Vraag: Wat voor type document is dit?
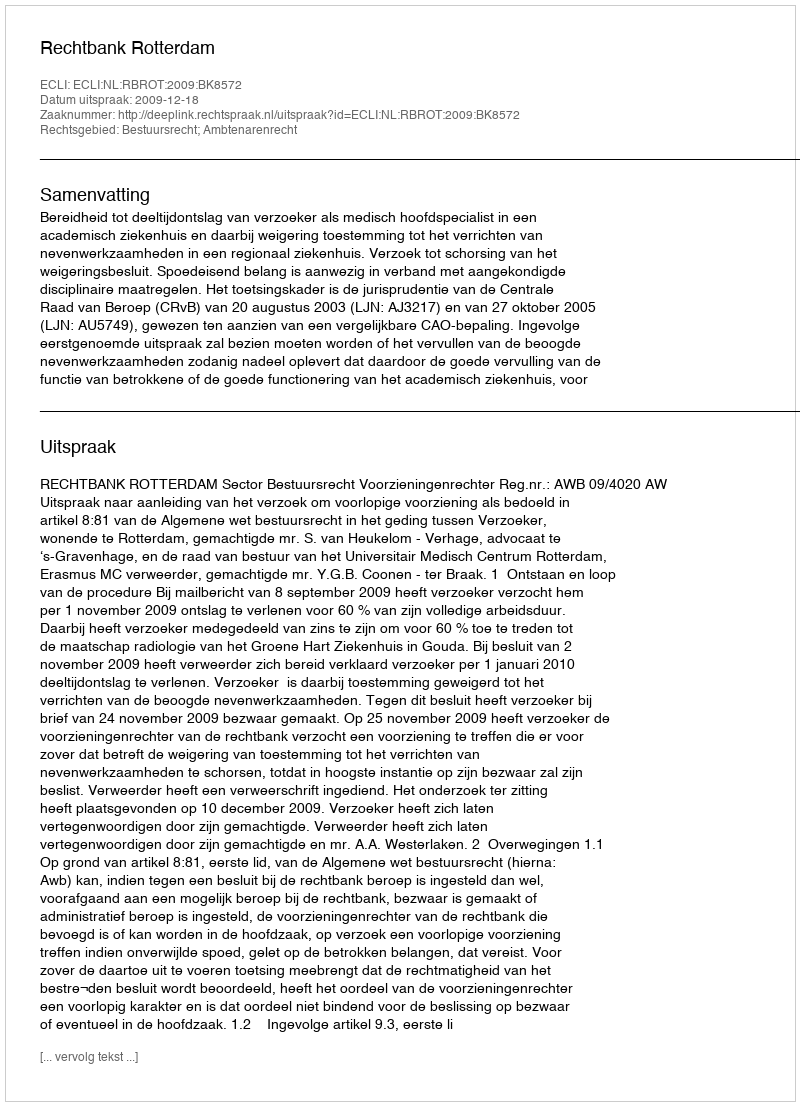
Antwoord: Uitspraak